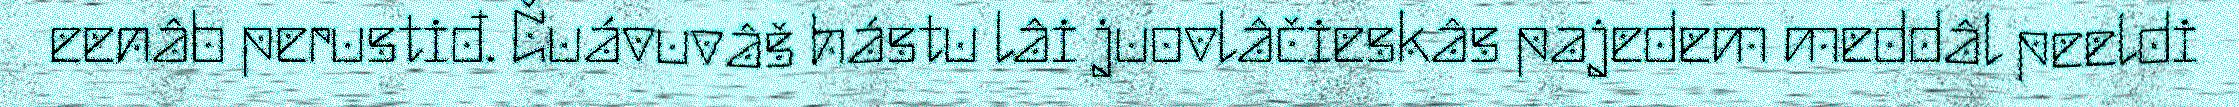
eenâb perustiđ. Čuávuvâš hástu lâi juovlâčieskâs pajedem meddâl peeldi